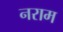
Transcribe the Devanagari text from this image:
नराम